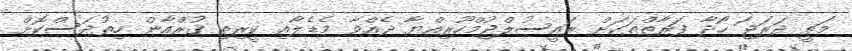
މަތީ ދަރަޖަ ހޯދާ ފަރާތްތަކަށް ރައީސުލްޖުމްހޫރިއްޔާ ދެއްވާ މެޑެލާއި ކީރިތި ޤުރްއާން ހިތުދަސްކޮށް